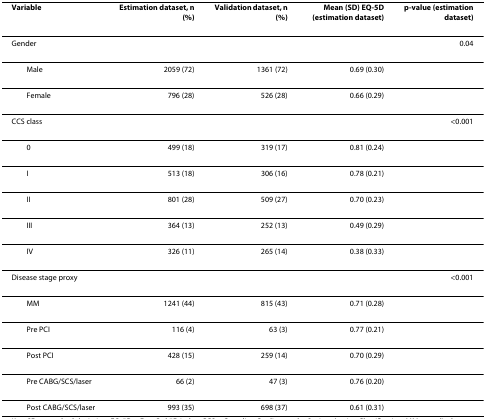
<table><thead><tr><td><b>Variable</b></td><td><b>Estimation dataset, n (%)</b></td><td><b>Validation dataset, n (%)</b></td><td><b>Mean (SD) EQ-5D (estimation dataset)</b></td><td><b>p-value (estimation dataset)</b></td></tr></thead><tbody><tr><td>Gender</td><td></td><td></td><td></td><td>0.04</td></tr><tr><td> Male</td><td>2059 (72)</td><td>1361 (72)</td><td>0.69 (0.30)</td><td></td></tr><tr><td> Female</td><td>796 (28)</td><td>526 (28)</td><td>0.66 (0.29)</td><td></td></tr><tr><td>CCS class</td><td></td><td></td><td></td><td>&lt;0.001</td></tr><tr><td> 0</td><td>499 (18)</td><td>319 (17)</td><td>0.81 (0.24)</td><td></td></tr><tr><td> I</td><td>513 (18)</td><td>306 (16)</td><td>0.78 (0.21)</td><td></td></tr><tr><td> II</td><td>801 (28)</td><td>509 (27)</td><td>0.70 (0.23)</td><td></td></tr><tr><td> III</td><td>364 (13)</td><td>252 (13)</td><td>0.49 (0.29)</td><td></td></tr><tr><td> IV</td><td>326 (11)</td><td>265 (14)</td><td>0.38 (0.33)</td><td></td></tr><tr><td>Disease stage proxy</td><td></td><td></td><td></td><td>&lt;0.001</td></tr><tr><td> MM</td><td>1241 (44)</td><td>815 (43)</td><td>0.71 (0.28)</td><td></td></tr><tr><td> Pre PCI</td><td>116 (4)</td><td>63 (3)</td><td>0.77 (0.21)</td><td></td></tr><tr><td> Post PCI</td><td>428 (15)</td><td>259 (14)</td><td>0.70 (0.29)</td><td></td></tr><tr><td> Pre CABG/SCS/laser</td><td>66 (2)</td><td>47 (3)</td><td>0.76 (0.20)</td><td></td></tr><tr><td> Post CABG/SCS/laser</td><td>993 (35)</td><td>698 (37)</td><td>0.61 (0.31)</td><td></td></tr></tbody></table>